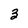
Character: 3